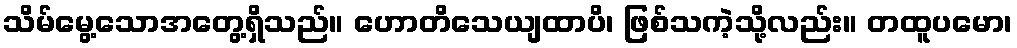
သိမ်မွေ့သောအတွေ့ရှိသည်။ ဟောတိသေယျထာပိ၊ ဖြစ်သကဲ့သို့လည်း။ တထူပမော၊